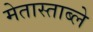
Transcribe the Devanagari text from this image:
मेतास्ताब्ले